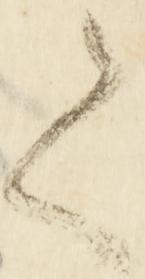
て